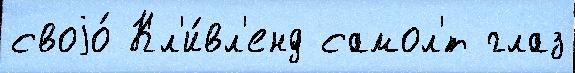
своjо́ Кл'и́вл'енд самол'́т глаз